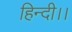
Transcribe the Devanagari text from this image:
हिन्दी।।